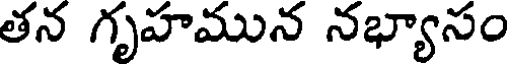
తన గృహమున నభ్యాసం